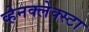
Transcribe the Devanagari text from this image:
व्हेनक्लेक्स्टा